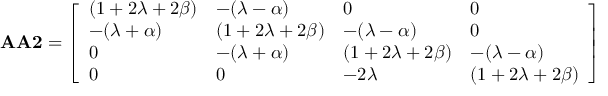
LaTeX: \mathbf { A A 2 } = { \left[ \begin{array} { l l l l } { ( 1 + 2 \lambda + 2 \beta ) } & { - ( \lambda - \alpha ) } & { 0 } & { 0 } \\ { - ( \lambda + \alpha ) } & { ( 1 + 2 \lambda + 2 \beta ) } & { - ( \lambda - \alpha ) } & { 0 } \\ { 0 } & { - ( \lambda + \alpha ) } & { ( 1 + 2 \lambda + 2 \beta ) } & { - ( \lambda - \alpha ) } \\ { 0 } & { 0 } & { - 2 \lambda } & { ( 1 + 2 \lambda + 2 \beta ) } \end{array} \right] }